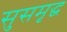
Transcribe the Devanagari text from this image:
सुसमृद्ध